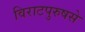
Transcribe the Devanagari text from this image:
विराटपुरुषसे